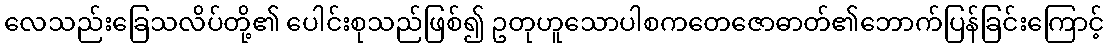
လေသည်းခြေသလိပ်တို့၏ ပေါင်းစုသည်ဖြစ်၍ ဥတုဟူသောပါစကတေဇောဓာတ်၏ဘောက်ပြန်ခြင်းကြောင့်